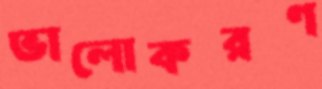
ভালোকরণ